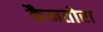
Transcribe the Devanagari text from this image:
कैनतोरा